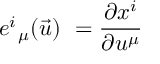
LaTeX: e _ { \; \; \mu } ^ { i } ( \vec { u } ) \ = \frac { \partial x ^ { i } } { \partial u ^ { \mu } }